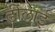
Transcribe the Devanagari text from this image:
ढीलाई